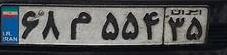
۶۸م۵۵۴۳۵